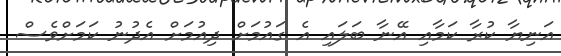
އަނިޔާ ކުރާ ކަމާއި އޭނާ ބަލައި އެ ގައުމަށް ދިއުމަށް އެދުނު ކަމަށްވެސް